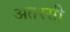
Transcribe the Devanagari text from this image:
अतरसी